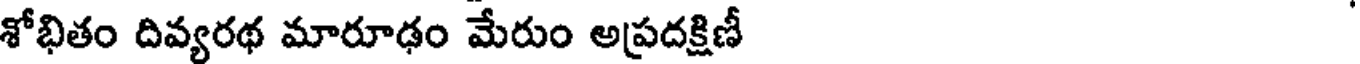
శోభితం దివ్యరథ మారూఢం మేరుం అప్రదక్షిణీ